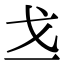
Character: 𪭉